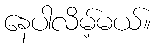
နေပါလိမ့်မယ်။